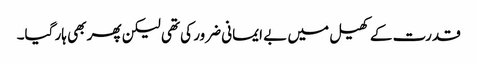
قدرت کے کھیل میں بے ایمانی ضرور کی تھی لیکن پھر بھی ہار گیا۔